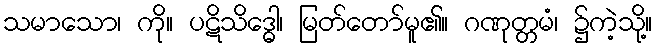
သမာသော၊ ကို။ ပဋိသိဒ္ဓေါ၊ မြတ်တော်မူ၏။ ဂဏုတ္တမံ၊ ၌ကဲ့သို့။